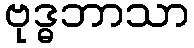
ဗုဒ္ဓဘာသာ